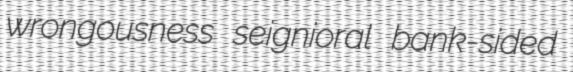
wrongousness seignioral bank-sided